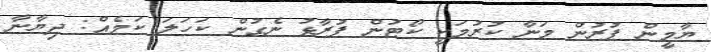
ޔާމީން ފުރުން މަނާ ކުރުމަކީ ކޯޓުން ފުރާޅު ނެގުން ކަހަލަ ކަމެއް: ދިޔާނާ